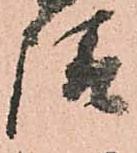
請